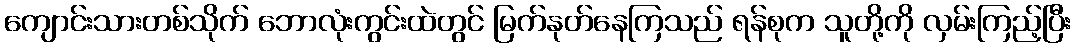
ကျောင်းသားတစ်သိုက် ဘောလုံးကွင်းထဲတွင် မြက်နုတ်နေကြသည် ရန်စုက သူတို့ကို လှမ်းကြည့်ပြီး